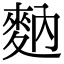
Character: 𪌅